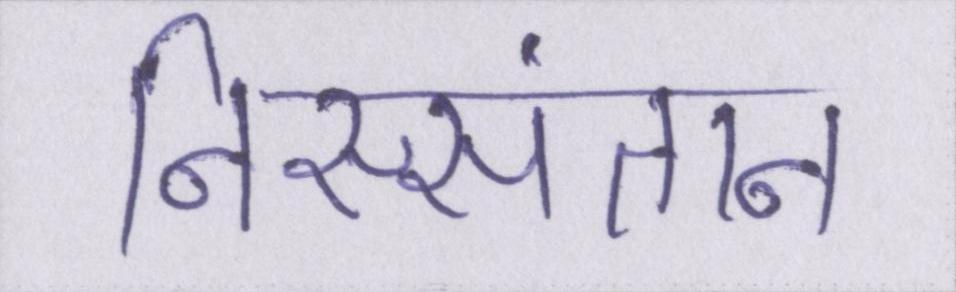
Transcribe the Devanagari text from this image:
निस्संतान